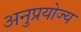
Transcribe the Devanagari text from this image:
अनुप्रयोज्य